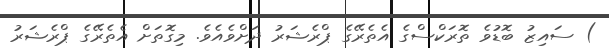
) ސައިޒު ބޮޑުވެ ތޮރަކްސްގެ އެތެރޭގެ ޕްރެޝަރު ދަށްވެއެވެ. މިގޮތަށް އެތެރޭގެ ޕްރެޝަރު